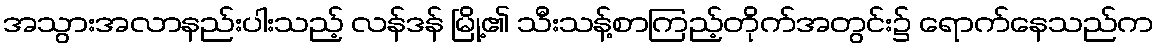
အသွားအလာနည်းပါးသည့် လန်ဒန် မြို့၏ သီးသန့်စာကြည့်တိုက်အတွင်း၌ ရောက်နေသည်က